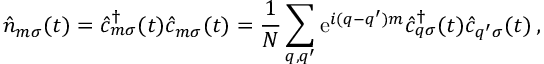
\hat { n } _ { m \sigma } ( t ) = \hat { c } _ { m \sigma } ^ { \dagger } ( t ) \hat { c } _ { m \sigma } ( t ) = \frac { 1 } { N } \sum _ { q , q ^ { \prime } } \mathrm { e } ^ { i ( q - q ^ { \prime } ) m } \hat { c } _ { q \sigma } ^ { \dagger } ( t ) \hat { c } _ { q ^ { \prime } \sigma } ( t ) \, ,